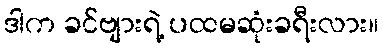
ဒါက ခင်ဗျားရဲ့ ပထမဆုံးခရီးလား။